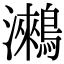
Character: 𪅍